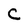
Character: C